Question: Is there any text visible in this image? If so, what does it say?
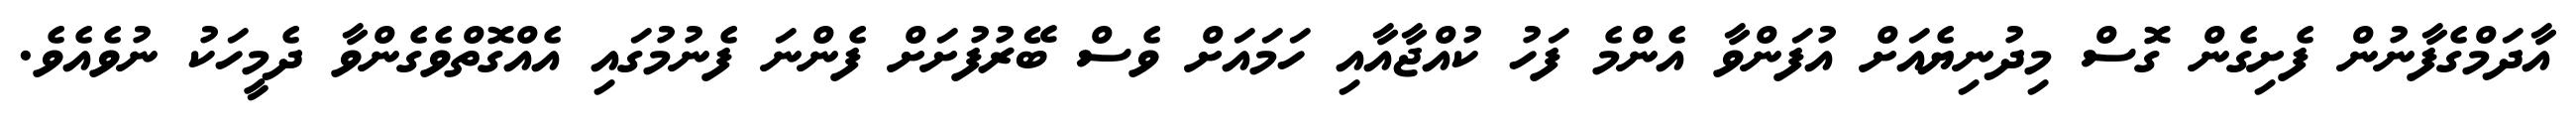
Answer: އާދަމްގެފާނުން ފެށިގެން ގޮސް މިދުނިޔެއަށް އުފަންވާ އެންމެ ފަހު ކުއްޖާއާއި ހަމައަށް ވެސް ބޭރުފުށަށް ފެންނަ ފެނުމުގައި އެއްގޮތްވެގެންވާ ދެމީހަކު ނުވެއެވެ.